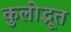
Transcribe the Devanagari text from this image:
कुलोद्भूत